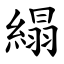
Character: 䌈